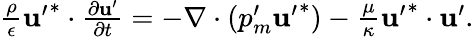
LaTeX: \begin{array}{r}{\frac{\rho}{\epsilon}\mathbf{u^{\prime}}^{*}\cdot\frac{\partial\mathbf{u^{\prime}}}{\partial t}=-\nabla\cdot(p_{m}^{\prime}\mathbf{u^{\prime}}^{*})-\frac{\mu}{\kappa}\mathbf{u^{\prime}}^{*}\cdot\mathbf{u^{\prime}}.}\end{array}